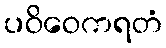
ပဝိဝေကရတံ